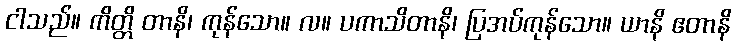
ငါသည်။ ကိတ္တိ တာနိ၊ ကုန်သော။ လ။ ပကာသိတာနိ၊ ပြအပ်ကုန်သော။ ယာနိ ဧတာနိ